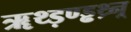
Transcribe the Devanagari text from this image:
ॠथ्ड़ण्ड्ढथ्र्न्र्